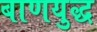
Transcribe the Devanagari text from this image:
बाणयुद्ध